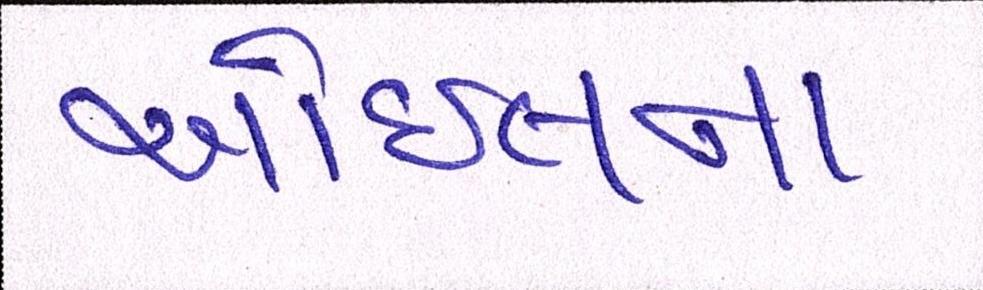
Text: ઓઇલના